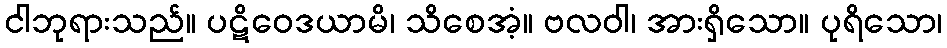
ငါဘုရားသည်။ ပဋိဝေဒယာမိ၊ သိစေအံ့။ ဗလဝါ၊ အားရှိသော။ ပုရိသော၊